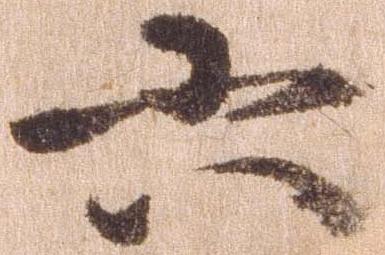
六